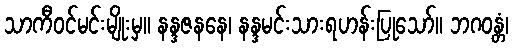
သာကီဝင်မင်းမျိုးမှ။ နန္ဒဇနနေ၊ နန္ဒမင်းသားရဟန်းပြုသော်။ ဘဂဝန္တံ၊